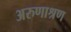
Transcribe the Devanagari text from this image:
अरुणाश्रण